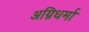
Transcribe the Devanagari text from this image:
अग्निधर्मा